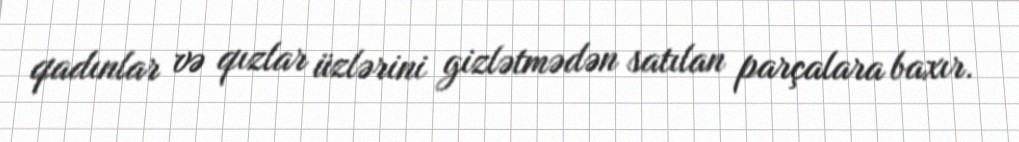
qadınlar və qızlar üzlərini gizlətmədən satılan parçalara baxır.